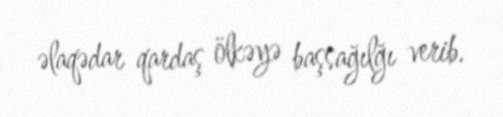
əlaqədar qardaş ölkəyə başsağılğı verib.